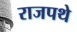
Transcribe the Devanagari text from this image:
राजपथे